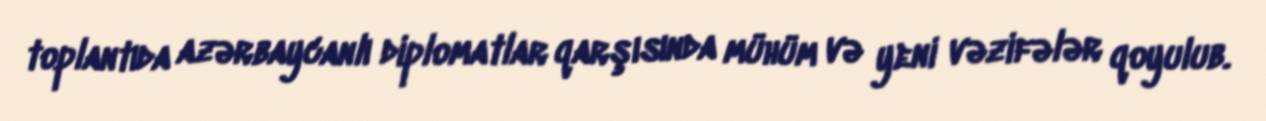
toplantıda azərbaycanlı diplomatlar qarşısında mühüm və yeni vəzifələr qoyulub.